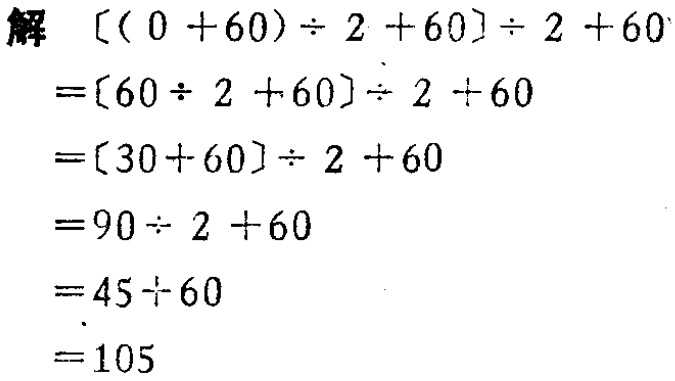
\[

\begin{align*}

&[(0 + 60)\div 2+60]\div 2 + 60\\

=&[60\div 2+60]\div 2 + 60\\

=&[30 + 60]\div 2+60\\

=&90\div 2+60\\

=&45+60\\

=&105

\end{align*}

\]